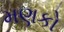
મણકો